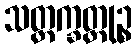
သတ္တက္ခတ္တုဉ္စ